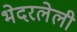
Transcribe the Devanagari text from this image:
भेदरलेली